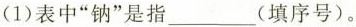
(1)表中”钠”是指___(填序号)。